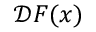
\mathcal { D } \boldsymbol { F } ( \boldsymbol { x } )